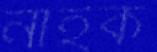
নাইক